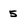
Character: 5